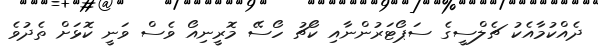
ދެއްކުމާއެކު ޗެލްސީގެ ސަޕޯޓަރުންނާއި ކޯޗު ހޯސޭ މޮރީނިއޯ ވެސް ވަނީ ކޮޅަށް ތެދުވެ